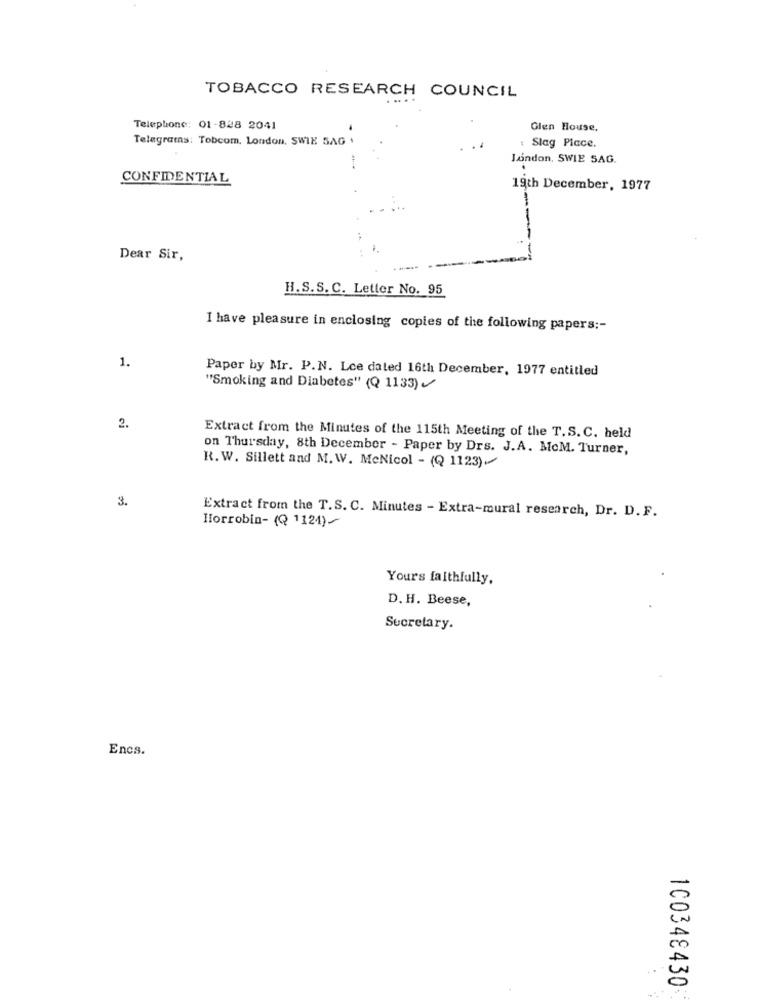
TOBACCO RESEARCH COUNCIL
Telephone: 01-828 2041
Glen House,
Telegrams: Tobcom, London, SWIE 5AG +
: Slag Piace.
London, SWIE SAG.
CONFIDENTIAL
19th December, 1977
-
Dear Sir,
H.S.S. C. Letter No. 95
I have pleasure in enclosing copies of the following papers ;-
1.
Paper by Mr. P.N. Lee dated 16th December, 1977 entitled
"Smoking and Diabetes" (Q 1133)
2.
Extract from the Minutes of the 115th Meeting of the T.S. C. held
on Thursday, 8th December - Paper by Drs. J.A. MoM. Turner,
R.W. Sillett and M. W. McNicol - (Q 1123)
3.
Extract from the T.S. C. Minutes - Extra-mural research, Dr. D. F.
Horrobin- (Q 1124).
Yours faithfully,
D. H. Beese,
Secretary.
Encs.
. .
100348430